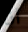
انا